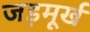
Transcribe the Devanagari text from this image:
जड़मूर्ख